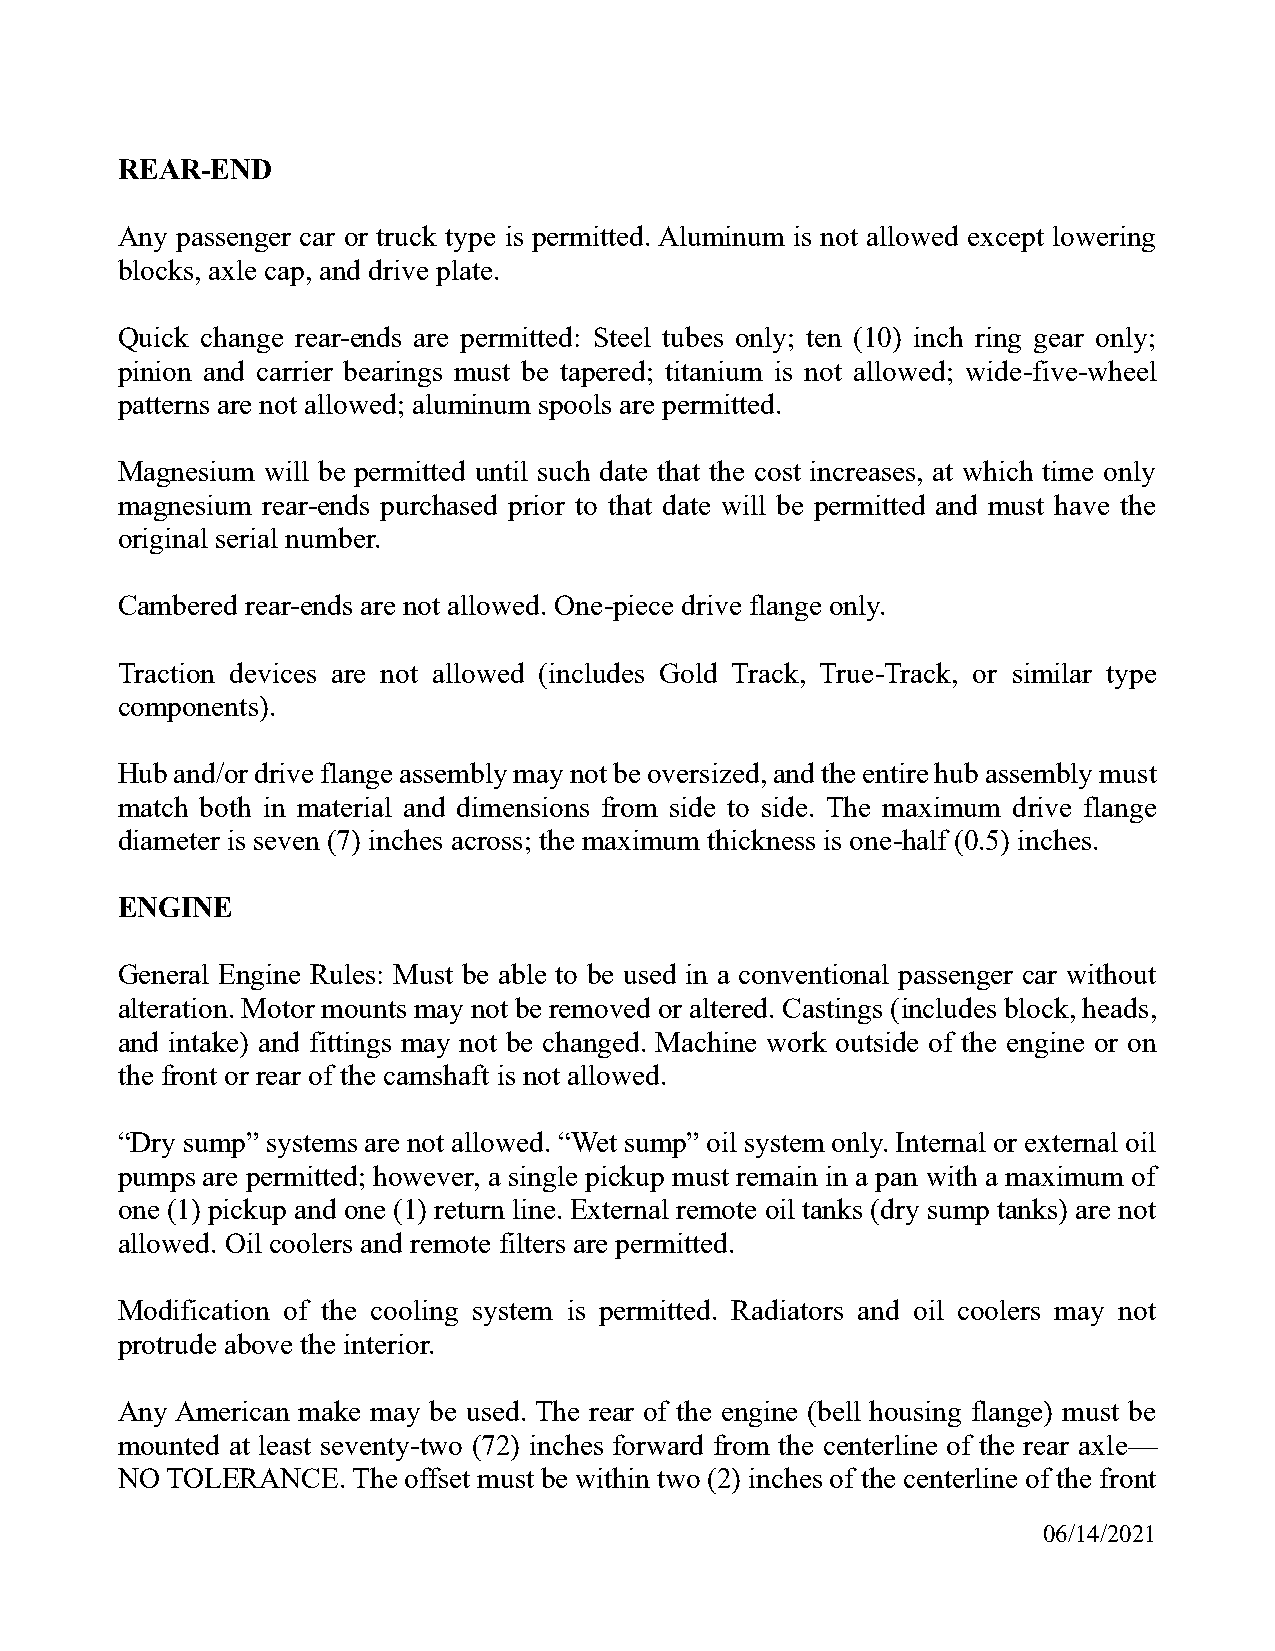
REAR-END
 Any passenger car or truck type is permitted. Aluminum is not allowed except lowering
 blocks, axle cap, and drive plate.
 Quick change rear-ends are permitted: Steel tubes only; ten (10) inch ring gear only;
 pinion and carrier bearings must be tapered; titanium is not allowed; wide-five-wheel
 patterns are not allowed; aluminum spools are permitted.
 Magnesium will be permitted until such date that the cost increases, at which time only
 magnesium rear-ends purchased prior to that date will be permitted and must have the
 original serial number.
 Cambered rear-ends are not allowed. One-piece drive flange only.
 Traction devices are not allowed (includes Gold Track, True-Track, or similar type
 components).
 Hub and/or drive flange assembly may not be oversized, and the entire hub assembly must
 match both in material and dimensions from side to side. The maximum drive flange
 diameter is seven (7) inches across; the maximum thickness is one-half (0.5) inches.
 ENGINE
 General Engine Rules: Must be able to be used in a conventional passenger car without
 alteration. Motor mounts may not be removed or altered. Castings (includes block, heads,
 and intake) and fittings may not be changed. Machine work outside of the engine or on
 the front or rear of the camshaft is not allowed.
 “Dry sump” systems are not allowed. “Wet sump” oil system only. Internal or external oil
 pumps are permitted; however, a single pickup must remain in a pan with a maximum of
 one (1) pickup and one (1) return line. External remote oil tanks (dry sump tanks) are not
 allowed. Oil coolers and remote filters are permitted.
 Modification of the cooling system is permitted. Radiators and oil coolers may not
 protrude above the interior.
 Any American make may be used. The rear of the engine (bell housing flange) must be
 mounted at least seventy-two (72) inches forward from the centerline of the rear axle—
 NO TOLERANCE.  The offset must be within two (2) inches of the centerline of the front
 06/14/2021